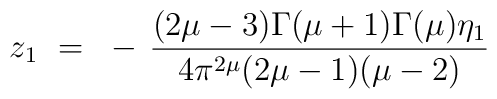
z_1 ~=~ - \, \frac{(2\mu-3)\Gamma(\mu+1) \Gamma(\mu)\eta_1}{4\pi^{2\mu}(2\mu-1)(\mu-2)}